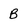
Character: B